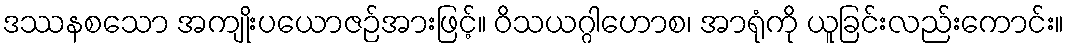
ဒဿနစသော အကျိုးပယောဇဉ်အားဖြင့်။ ဝိသယဂ္ဂါဟောစ၊ အာရုံကို ယူခြင်းလည်းကောင်း။